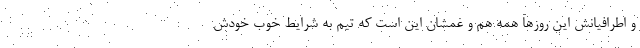
و اطرافیانش این روزها همه هم و غمشان این است که تیم به شرایط خوب خودش